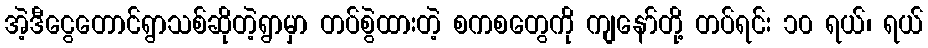
အဲ့ဒီငွေတောင်ရွာသစ်ဆိုတဲ့ရွာမှာ တပ်စွဲထားတဲ့ စကစတွေကို ကျနော်တို့ တပ်ရင်း ၁၀ ရယ်၊ ရယ်